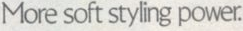
More soft styling power.